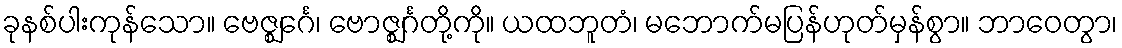
ခုနစ်ပါးကုန်သော။ ဗေဇ္ဈင်္ဂေ၊ ဗောဇ္ဈင်္ဂတို့ကို။ ယထဘူတံ၊ မဘောက်မပြန်ဟုတ်မှန်စွာ။ ဘာဝေတွာ၊